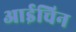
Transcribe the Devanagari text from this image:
आईचिन